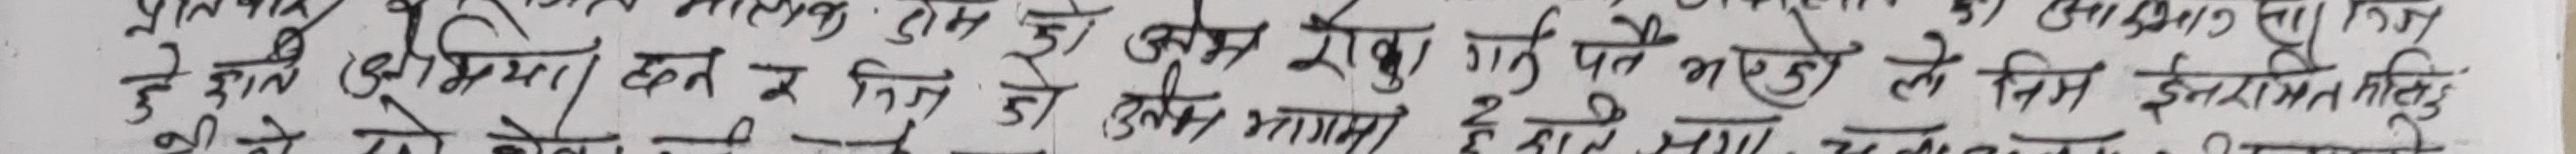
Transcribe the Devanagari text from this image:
जो झाले भूमीमा छन र जिन्ज हुन् जो उत्तर का रूपमा उत्पन्न भएको ले तिन ईनरामिकु